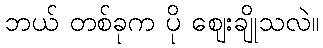
ဘယ် တစ်ခုက ပို ဈေးချိုသလဲ။